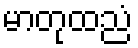
မာတုထညံ